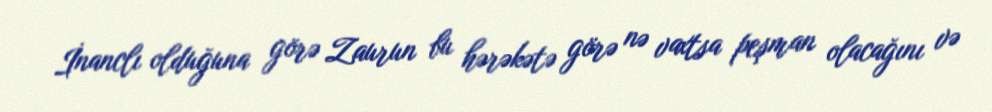
İnanclı olduğuna görə Zaurun bu hərəkətə görə nə vaxtsa peşman olacağını və